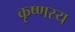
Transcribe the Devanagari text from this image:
कृष्णस्य